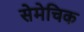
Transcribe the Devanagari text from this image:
सेमेचिक